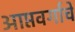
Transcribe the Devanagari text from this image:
आप्तवर्गाचे